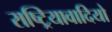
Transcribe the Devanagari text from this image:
राष्ट्रियावादियो